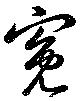
寃